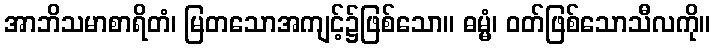
အာဘိသမာစာရိတံ၊ မြတသောအကျင့်၌ဖြစ်သော။ ဓမ္မံ၊ ဝတ်ဖြစ်သောသီလကို။